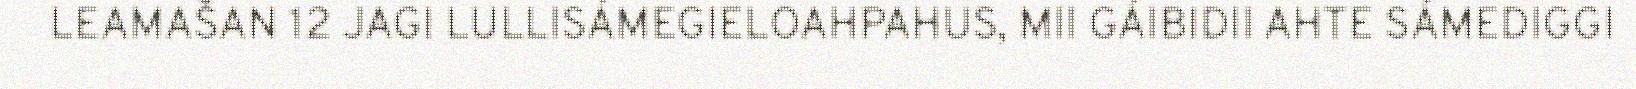
LEAMAŠAN 12 JAGI LULLISÁMEGIELOAHPAHUS, MII GÁIBIDII AHTE SÁMEDIGGI